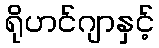
ရိုဟင်ဂျာနှင့်